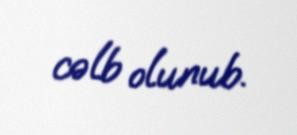
cəlb olunub.